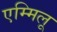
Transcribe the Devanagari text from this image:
एम्मिलू